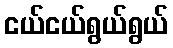
ငယ်ငယ်ရွယ်ရွယ်